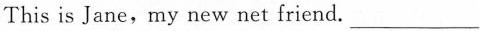
要求：1.要将表中的内容全部体现，可作适当